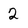
Character: 2